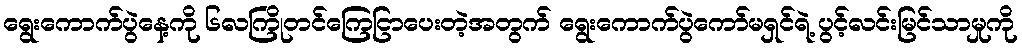
ရွေးကောက်ပွဲနေ့ကို ၆လကြိုတင်ကြေငြာပေးတဲ့အတွက် ရွေးကောက်ပွဲကော်မရှင်ရဲ့ ပွင့်လင်းမြင်သာမှုကို